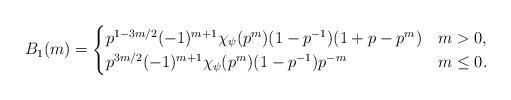
LaTeX: \begin{align*} B_1(m) = \begin{cases} p^{1-3m/2} (-1)^{m+1} \chi_{\psi}(p^m)(1-p^{-1})(1 + p - p^m) & m > 0,\\ p^{3m/2}(-1)^{m+1} \chi_{\psi}(p^m)(1-p^{-1})p^{-m} & m \leq 0. \end{cases} \end{align*}